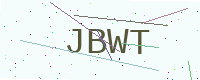
Text: JBWT